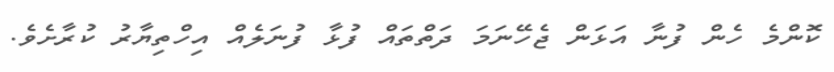
ކޮންމެ ހެން ފުނާ އަޅަން ޖެހޭނަމަ ދަތްތައް ފުޅާ ފުނަލެއް އިހްތިޔާރު ކުރާށެވެ.